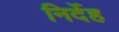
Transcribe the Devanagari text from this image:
निर्देह